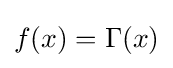
f(x)=\Gamma (x)